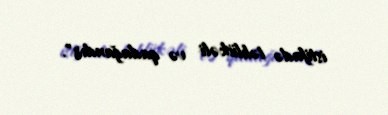
istifadə təhlükəli və qadağandır".